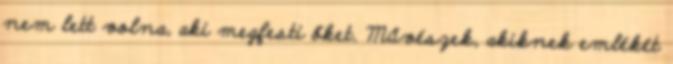
nem lett volna, aki megfesti őket. Művészek, akiknek emlékét